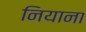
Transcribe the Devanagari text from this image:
नियाना